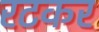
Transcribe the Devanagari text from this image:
रटकर